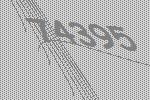
74395